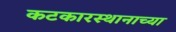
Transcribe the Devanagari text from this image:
कटकारस्थानाच्या